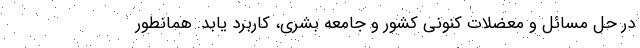
در حل مسائل و معضلات کنونی کشور و جامعه بشری، کاربرد یابد. همانطور